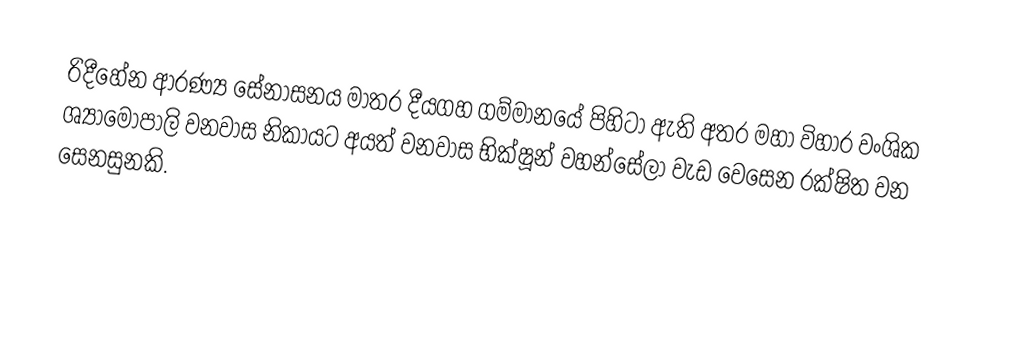
රිදීහේන ආරණ්‍ය සේනාසනය මාතර දීයගහ ගම්මානයේ පිහිටා ඇති අතර මහා විහාර වංශික ශ්‍යාමෝපාලි වනවාස නිකායට අයත් වනවාස භික්ෂූන් වහන්සේලා වැඩ වෙසෙන රක්ෂිත වන සෙනසුනකි.